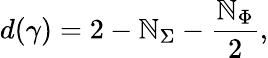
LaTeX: d(\gamma)=2-\mathbb{N}_{\Sigma}-\frac{{\mathbb{N}_{\Phi}}}{{2}},